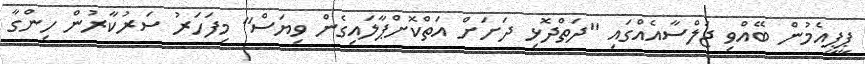
ޕީޕީއެމުން ބޭއްވި ޖަލްސާއެއްގައި "ދަތްދޮޅި ދަށަށް އަތްކޮށްޕާލައިގެން ވިޔަސް" މިފަހަރު ސަރުކާރުން ހިންގާ